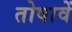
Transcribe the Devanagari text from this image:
तोषावें